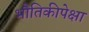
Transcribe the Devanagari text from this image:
भौतिकीपेक्षा